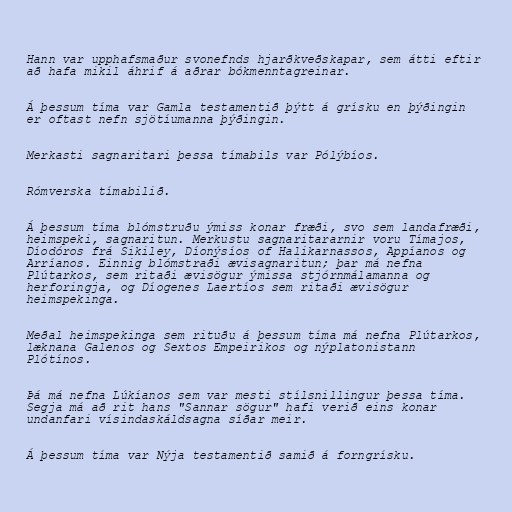
Hann var upphafsmaður svonefnds hjarðkveðskapar, sem átti eftir
að hafa mikil áhrif á aðrar bókmenntagreinar.

Á þessum tíma var Gamla testamentið þýtt á grísku en þýðingin
er oftast nefn sjötíumanna þýðingin.

Merkasti sagnaritari þessa tímabils var Pólýbíos.

Rómverska tímabilið.

Á þessum tíma blómstruðu ýmiss konar fræði, svo sem landafræði,
heimspeki, sagnaritun. Merkustu sagnaritararnir voru Tímajos,
Díodóros frá Sikiley, Díonýsíos of Halikarnassos, Appíanos og
Arríanos. Einnig blómstraði ævisagnaritun; þar má nefna
Plútarkos, sem ritaði ævisögur ýmissa stjórnmálamanna og
herforingja, og Díogenes Laertíos sem ritaði ævisögur
heimspekinga.

Meðal heimspekinga sem rituðu á þessum tíma má nefna Plútarkos,
læknana Galenos og Sextos Empeirikos og nýplatonistann
Plótínos.

Þá má nefna Lúkíanos sem var mesti stílsnillingur þessa tíma.
Segja má að rit hans "Sannar sögur" hafi verið eins konar
undanfari vísindaskáldsagna síðar meir.

Á þessum tíma var Nýja testamentið samið á forngrísku.